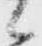
候